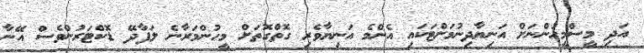
އަދި މީސްމީހުންނަށް އަނިޔާދިނުމަށްޓަކައި އެންމެ އަނިޔާވެރި ގޮތްގޮތަށް މީހުންމަރާނެ ލަފާދޭ ޑޮކްޓަރުންވެސް އޭނާ